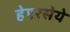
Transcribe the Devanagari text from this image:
हेएरसेये